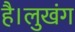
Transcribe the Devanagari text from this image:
है।लुखंग